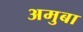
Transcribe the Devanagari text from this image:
अमुबा